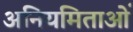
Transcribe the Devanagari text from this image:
अनियमिताओं